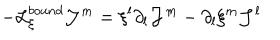
- { \cal L } _ { \xi } ^ { b o u n d } { \cal J } ^ { m } = \xi ^ { l } \partial _ { l } { \cal J } ^ { m } - \partial _ { l } \xi ^ { m } { \cal J } ^ { l }